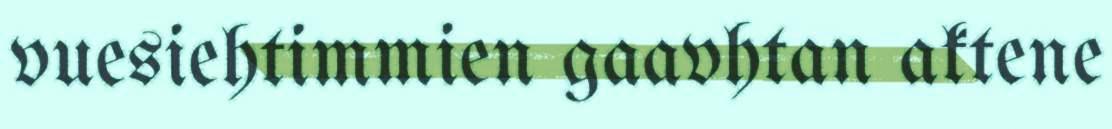
vuesiehtimmien gaavhtan aktene